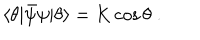
LaTeX: \langle \theta | \bar { \psi } \psi | \theta \rangle = K \cos \theta \; .